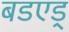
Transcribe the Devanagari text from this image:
बडएड्